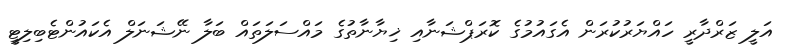
އަލީ ޒަރްދާރީ ހައްޔަރުކުރަން އެގައުމުގެ ކޮރަޕްޝަނާއި ޚިޔާނާތުގެ މައްސަލަތައް ބަލާ ނޭޝަނަލް އެކައުންޓެބިލިޓީ